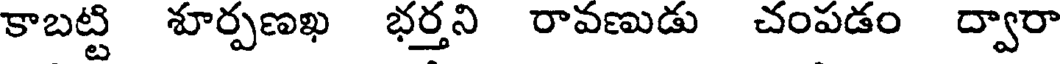
కాబట్టి శూర్పణఖ భర్తని రావణుడు చంపడం ద్వారా